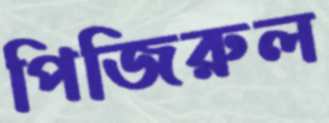
পিজিরুল